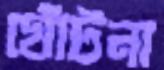
ঘোঁটনা